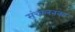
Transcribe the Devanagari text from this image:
संचालनका